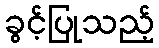
ခွင့်ပြုသည့်